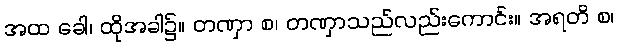
အထ ခေါ၊ ထိုအခါ၌။ တဏှာ စ၊ တဏှာသည်လည်းကောင်း။ အရတိ စ၊